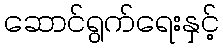
ဆောင်ရွက်ရေးနှင့်